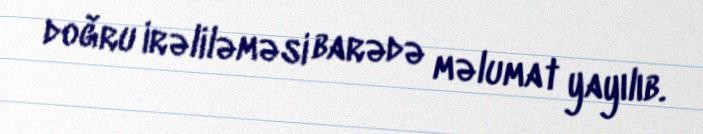
doğru irəliləməsi barədə məlumat yayılıb.